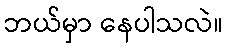
ဘယ်မှာ နေပါသလဲ။